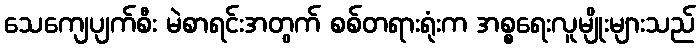
သေကျေပျက်စီး မဲစာရင်းအတွက် စစ်တရားရုံးက အစ္စရေးလူမျိုးများသည်